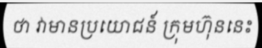
ថា វាមានប្រយោជន៍ ក្រុមហ៊ុននេះ